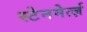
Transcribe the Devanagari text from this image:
स्टेनमेर्त्ज़